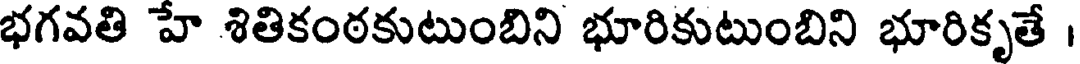
భగవతి హే శితికంఠకుటుంబిని భూరికుటుంబిని భూరికృతే